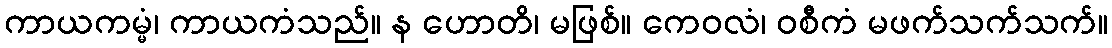
ကာယကမ္မံ၊ ကာယကံသည်။ န ဟောတိ၊ မဖြစ်။ ကေဝလံ၊ ဝစီကံ မဖက်သက်သက်။